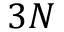
3 N